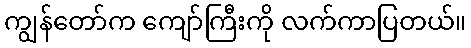
ကျွန်တော်က ကျော်ကြီးကို လက်ကာပြတယ်။